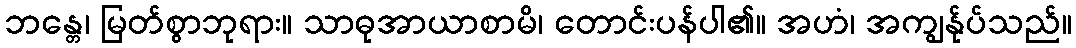
ဘန္တေ၊ မြတ်စွာဘုရား။ သာဓုအာယာစာမိ၊ တောင်းပန်ပါ၏။ အဟံ၊ အကျွန်ုပ်သည်။